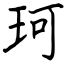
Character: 珂